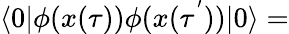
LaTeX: \langle 0|\phi(x(\tau))\phi(x(\tau^{'}))|0\rangle=